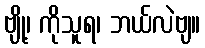
ဗျို့၊ ကိုသူရ၊ ဘယ်လဲဗျ။